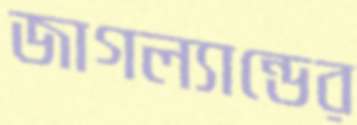
জাগল্যান্ডের